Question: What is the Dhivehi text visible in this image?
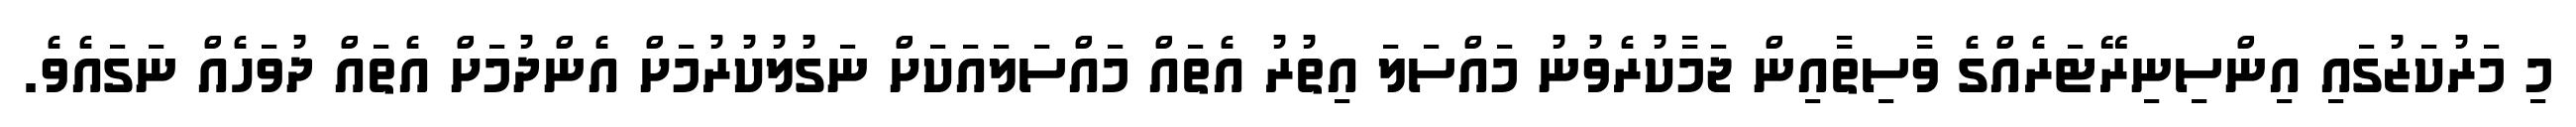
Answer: މި މަރުކަޒުގައި އިންސިނިރޭޓަރެއްގެ ވާސިތާއިން ޖަމާކުރެވުނު މައްސަލަ އިތުރު އެތައް މައްސަލައަކަށް ނަގުލުކުރުމަށް އެންދުމަށް އެތައް ދުވަހެއް ނަގައެވެ.